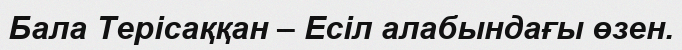
Бала Терісаққан – Есіл алабындағы өзен.